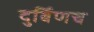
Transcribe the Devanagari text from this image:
दुर्बिणच